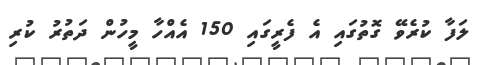
ލަފާ ކުރެވޭ ގޮތުގައި އެ ފެރީގައި 150 އެއްހާ މީހުން ދަތުރު ކުރި